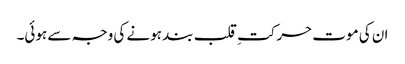
ان کی موت حرکتِ قلب بند ہونے کی وجہ سے ہوئی۔